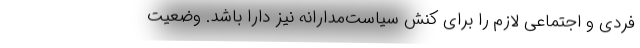
فردی و اجتماعی لازم را برای کنش سیاست‌مدارانه نیز دارا باشد. وضعیت